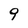
Character: 9